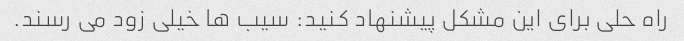
راه حلی برای این مشکل پیشنهاد کنید: سیب ها خیلی زود می رسند.